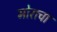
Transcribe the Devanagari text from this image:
मोराचा